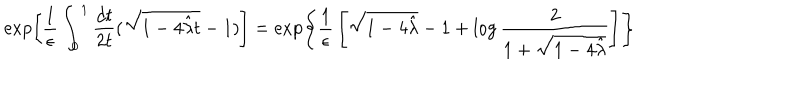
LaTeX: \exp \left[ { \frac { 1 } { \epsilon } } \int _ { 0 } ^ { 1 } { \frac { d t } { 2 t } } ( \sqrt { 1 - 4 { \hat { \lambda } } t } - 1 ) \right] = \exp \left\{ { \frac { 1 } { \epsilon } } \left[ \sqrt { 1 - 4 { \hat { \lambda } } } - 1 + \log { \frac { 2 } { 1 + \sqrt { 1 - 4 { \hat { \lambda } } } } } \right] \right\}